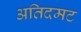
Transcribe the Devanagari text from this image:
अतिदमट